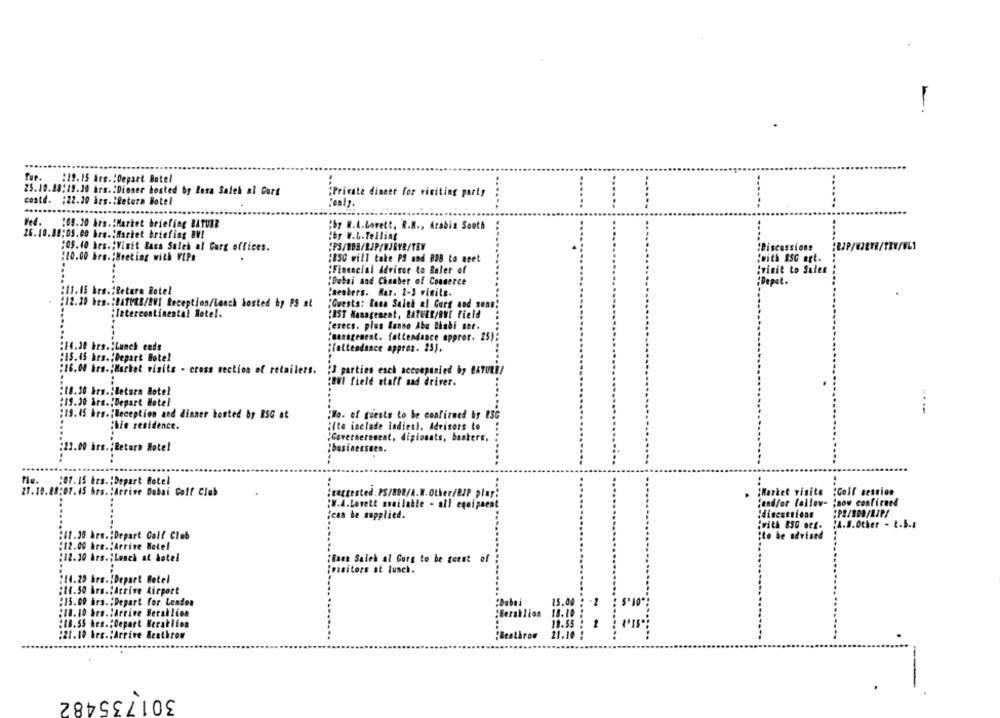
Tue. : 19.15 Ars .: Depart Botel
25.19.88:19.30 Arm .: Dinner hosted by Zasa Saleh al Cort
"Private dinner for visiting party
costd. : 22.20 hrs .: Betera Hotel
:caly.
Wed.
:08.30 hrs .: Market briefing BATUIR
:57 N.A.Lovett, R.M ., Arabia South
26.10.89:09.00 hrs .; Market briefing BV!
:by W.L.Telling
:09.40 hrs .; Vinit Eass Saleh al Garg offices.
:PS/BDB/RJP/WJEYE/TEY
:Discussions
/WLI
:20.00 hrs. ; Meeting with VIPt
:BSC will take PS and BOB to meet
"with ESG art.
:Financial Advisor to Baler of
ivisit to Sales
:Dubai and Chamber of Commerce
;Depot.
:11.15 hrs .; Cetera Rotel
Caenbers. Rar. 2-3 visits.
:12.30 hrs .: BATMEB/BV] Reception/lunch hosted by PS at
"Guests: Rosa Saleh al Gurg and sons
:Intercontinental Sotel.
:IST Waangement, RATHER/BMT field
Herecs. plus Lasso Abu Dhabi ser.
:management. fottendance appror. 25)
:14.30 hrs .; Lunch ends
"foltendance apprez. 25).
:15.45 hrs .; Depart Hotel
:16.00 hrs .; Hachet visits - cross section of retailers.
¿3 parties esch accompanied by BATORE/
:UN field staff and driver.
18.30 hrs.iBetsen Hotel
:19.30 års. Depart Hotel
---
:19.IS hrs. ; Reception and dinner hosted by BSG at
"No. of guests to be confirmed by 250
The residence.
"(te include ladies). Advisers to
Governeresent, diplomats, bankers,
:21.00 hrs .; Return Hotel
:businesseen.
.......
Tie. : 07.15 hrs .: Depart Hotel
..
21. 10.88:07.45 brs. : Arrive Dobai Golf Club
:secrested. PS/898/A.M. Other/BJP play:
¡Market visite
:Golf session
"and/or follow- ; now confirmed
:W.A.Lovett available - all equipaent
¿can be supplied.
Idiscussions
:PS/B09/LIP/
with ESC orf.
A.B.Other - t.3.1
:11.30 Ars .: Depart Golf Club
;to be advised
:12.00 hrm .; Arrive Hotel
:12.30 års. ; Lunch at hotel
"Bnen Saleh al Gurg to be geest of
¡visitors at lunch.
:14.20 hrs. Depart Botel
:10.50 Ars .: Arrive Airport
:15.00 hrs. : Depart for London
Dabei
:18.10 hrs .; Arrive Beraklion
:18.55 hrs. Depart Heraklion
:21.10 bes .; Arrive Sexthrow
Beståror
-
301735482